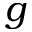
g